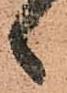
候